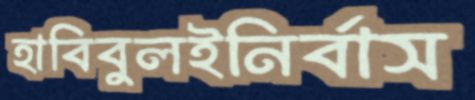
হাবিবুলইনির্বাস